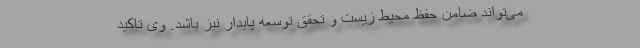
می‌تواند ضامن حفظ محیط زیست و تحقق توسعه پایدار نیز باشد. وی تاکید